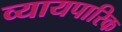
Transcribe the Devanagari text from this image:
व्यायपारिक